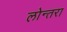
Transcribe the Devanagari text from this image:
लोन्तरा